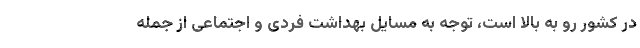
در کشور رو به بالا است، توجه به مسایل بهداشت فردی و اجتماعی از جمله